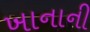
ખાનાની